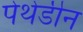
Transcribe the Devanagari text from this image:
पेथेडीन